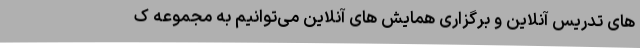
های تدریس آنلاین و برگزاری همایش های آنلاین می­توانیم به مجموعه ک